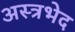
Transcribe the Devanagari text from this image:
अस्त्रभेद